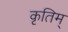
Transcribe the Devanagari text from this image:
कृतिम्